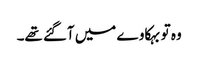
وہ تو بہکاوے میں آگئے تھے۔